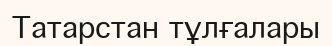
Татарстан тұлғалары